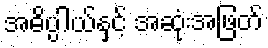
အဓိပ္ပါယ်နှင့် အဆုံးအဖြတ်